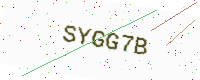
Text: SYGG7B